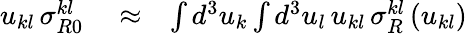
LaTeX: \begin{array}{rlr}{u_{kl}\, \sigma_{R0}^{kl}}&{{}\approx}&{\int d^{3}u_{k}\int d^{3}u_{l}\, u_{kl}\, \sigma_{R}^{kl}\left(u_{kl}\right)}\end{array}